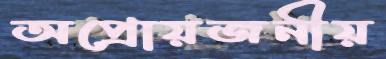
অপ্রোয়জনীয়